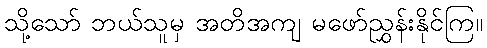
သို့သော် ဘယ်သူမှ အတိအကျ မဖော်ညွှန်းနိုင်ကြ။